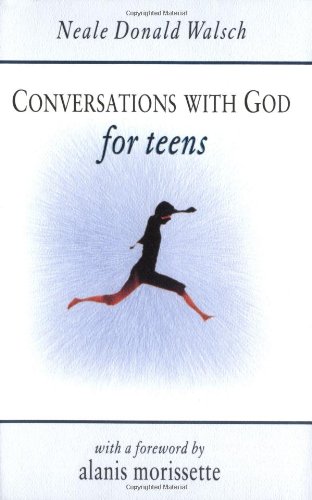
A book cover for Conversations with God for Teens; Neale Donald Walsch; Teen & Young Adult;